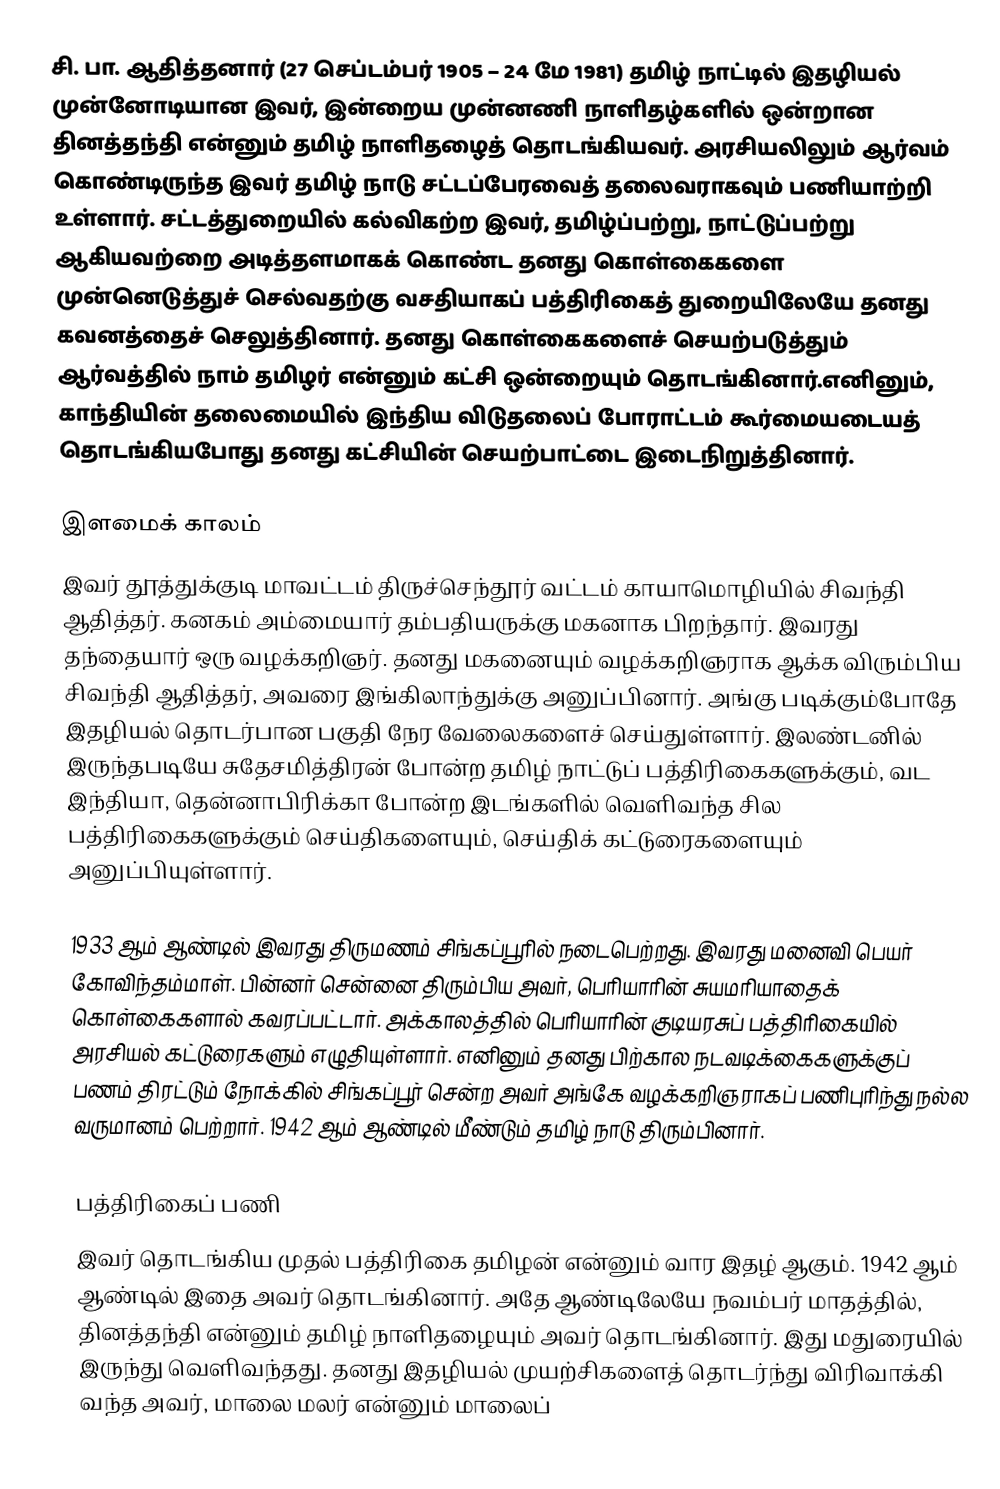
சி. பா. ஆதித்தனார் (27 செப்டம்பர் 1905 – 24 மே 1981) தமிழ் நாட்டில் இதழியல் முன்னோடியான இவர், இன்றைய முன்னணி நாளிதழ்களில் ஒன்றான தினத்தந்தி என்னும் தமிழ் நாளிதழைத் தொடங்கியவர். அரசியலிலும் ஆர்வம் கொண்டிருந்த இவர் தமிழ் நாடு சட்டப்பேரவைத் தலைவராகவும் பணியாற்றி உள்ளார். சட்டத்துறையில் கல்விகற்ற இவர், தமிழ்ப்பற்று, நாட்டுப்பற்று ஆகியவற்றை அடித்தளமாகக் கொண்ட தனது கொள்கைகளை முன்னெடுத்துச் செல்வதற்கு வசதியாகப் பத்திரிகைத் துறையிலேயே தனது கவனத்தைச் செலுத்தினார். தனது கொள்கைகளைச் செயற்படுத்தும் ஆர்வத்தில் நாம் தமிழர் என்னும் கட்சி ஒன்றையும் தொடங்கினார்.எனினும், காந்தியின் தலைமையில் இந்திய விடுதலைப் போராட்டம் கூர்மையடையத் தொடங்கியபோது தனது கட்சியின் செயற்பாட்டை இடைநிறுத்தினார்.

இளமைக் காலம்
இவர்  தூத்துக்குடி மாவட்டம் திருச்செந்தூர் வட்டம் காயாமொழியில் சிவந்தி ஆதித்தர். கனகம் அம்மையார் தம்பதியருக்கு மகனாக பிறந்தார். இவரது தந்தையார் ஒரு வழக்கறிஞர். தனது மகனையும் வழக்கறிஞராக ஆக்க விரும்பிய சிவந்தி ஆதித்தர், அவரை இங்கிலாந்துக்கு அனுப்பினார். அங்கு படிக்கும்போதே இதழியல் தொடர்பான பகுதி நேர வேலைகளைச் செய்துள்ளார். இலண்டனில் இருந்தபடியே சுதேசமித்திரன் போன்ற தமிழ் நாட்டுப் பத்திரிகைகளுக்கும், வட இந்தியா, தென்னாபிரிக்கா போன்ற இடங்களில் வெளிவந்த சில பத்திரிகைகளுக்கும் செய்திகளையும், செய்திக் கட்டுரைகளையும் அனுப்பியுள்ளார்.

1933 ஆம் ஆண்டில் இவரது திருமணம் சிங்கப்பூரில் நடைபெற்றது. இவரது மனைவி பெயர் கோவிந்தம்மாள். பின்னர் சென்னை திரும்பிய அவர், பெரியாரின் சுயமரியாதைக் கொள்கைகளால் கவரப்பட்டார். அக்காலத்தில் பெரியாரின் குடியரசுப் பத்திரிகையில் அரசியல் கட்டுரைகளும் எழுதியுள்ளார். எனினும் தனது பிற்கால நடவடிக்கைகளுக்குப் பணம் திரட்டும் நோக்கில் சிங்கப்பூர் சென்ற அவர் அங்கே வழக்கறிஞராகப் பணிபுரிந்து நல்ல வருமானம் பெற்றார். 1942 ஆம் ஆண்டில் மீண்டும் தமிழ் நாடு திரும்பினார்.

பத்திரிகைப் பணி
இவர் தொடங்கிய முதல் பத்திரிகை தமிழன் என்னும் வார இதழ் ஆகும். 1942 ஆம் ஆண்டில் இதை அவர் தொடங்கினார். அதே ஆண்டிலேயே நவம்பர் மாதத்தில், தினத்தந்தி என்னும் தமிழ் நாளிதழையும் அவர் தொடங்கினார். இது மதுரையில் இருந்து வெளிவந்தது. தனது இதழியல் முயற்சிகளைத் தொடர்ந்து விரிவாக்கி வந்த அவர், மாலை மலர் என்னும் மாலைப்